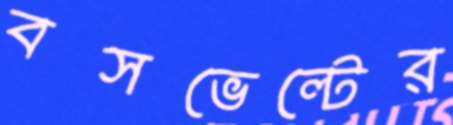
বসভেল্টের